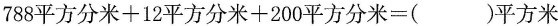
788平方分米+12平方分米+200平方分米=()平方米